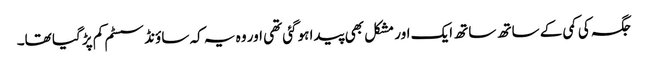
جگہ کی کمی کے ساتھ ساتھ ایک اور مشکل بھی پیدا ہوگئی تھی اور وہ یہ کہ ساؤنڈ سسٹم کم پڑ گیا تھا۔